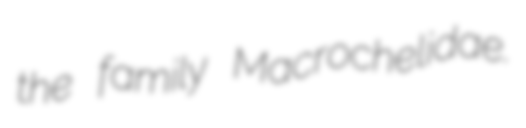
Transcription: the family Macrochelidae.